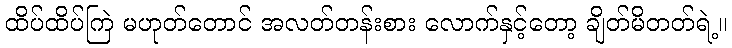
ထိပ်ထိပ်ကြဲ မဟုတ်တောင် အလတ်တန်းစား လောက်နှင့်တော့ ချိတ်မိတတ်ရဲ့။